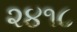
૨૪૧૮